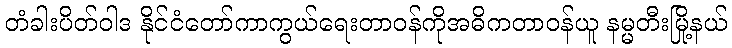
တံခါးပိတ်ဝါဒ နိုင်ငံတော်ကာကွယ်ရေးတာဝန်ကိုအဓိကတာဝန်ယူ နမ္မတီးမြို့နယ်